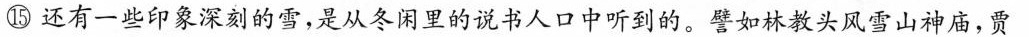
⑮还有一些印象深刻的雪，是从冬闲里的说书人口中听到的。譬如林教头风雪山神庙，贾